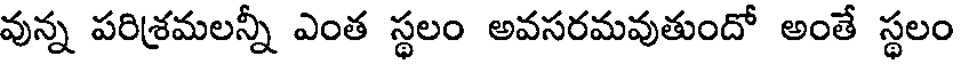
వున్న పరిశ్రమలన్నీ ఎంత స్థలం అవసరమవుతుందో అంతే స్థలం